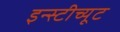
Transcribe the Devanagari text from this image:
इन्स्टीच्यूट